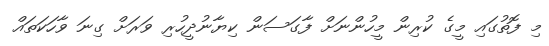
މި ފޮތުގައި މީގެ ކުރިން މީހުންނަށް ފާގަސަން ކިޔާނުދީހުރި ވަރަށް ގިނަ ވާހަކަތައް